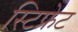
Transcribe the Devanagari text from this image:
स्टिफ्नेट